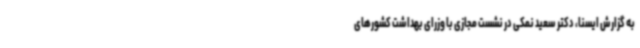
به گزارش ایسنا، دکتر سعید نمکی در نشست مجازی با وزرای بهداشت کشورهای